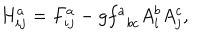
H _ { i j } ^ { a } = F _ { i j } ^ { a } - g f _ { \; \; b c } ^ { a } A _ { i } ^ { b } A _ { j } ^ { c } ,